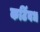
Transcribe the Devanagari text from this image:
कटिंबध